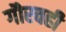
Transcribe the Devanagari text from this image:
गौरवही